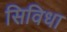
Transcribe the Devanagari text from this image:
सिविधा